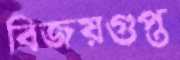
বিজয়গুপ্ত